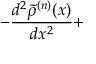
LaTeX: - \frac { d ^ { 2 } \tilde { \rho } ^ { ( n ) } ( x ) } { d x ^ { 2 } } +